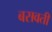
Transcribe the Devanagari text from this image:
बसवती